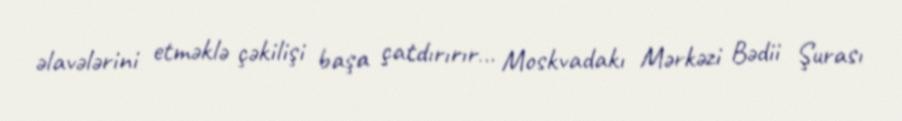
əlavələrini etməklə çəkilişi başa çatdırırır… Moskvadakı Mərkəzi Bədii Şurası